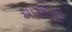
આગાઉથી